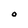
Character: O